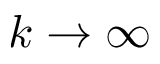
k \rightarrow \infty